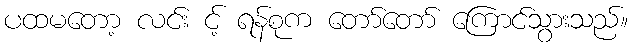
ပထမတော့ လင်း င့် ရန်စုက တော်တော် ကြောင်သွားသည်။